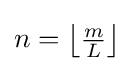
n={\bigl \lfloor }{\tfrac {m}{L}}{\bigr \rfloor }